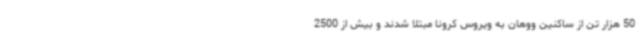
50 هزار تن از ساکنین ووهان به ویروس کرونا مبتلا شدند و بیش از 2500